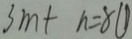
3 m + n = 8 \textcircled { 1 }